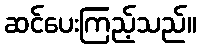
ဆင်ပေးကြည့်သည်။